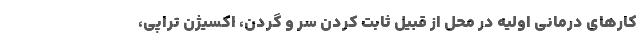
کارهای درمانی اولیه در محل از قبیل ثابت کردن سر و گردن، اکسیژن تراپی،